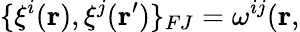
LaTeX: \{ \xi^{i}({\mathbf r}),\xi^{j}({\mathbf r^{\prime}})\} _{FJ}=\omega^{ij}({\mathbf r},